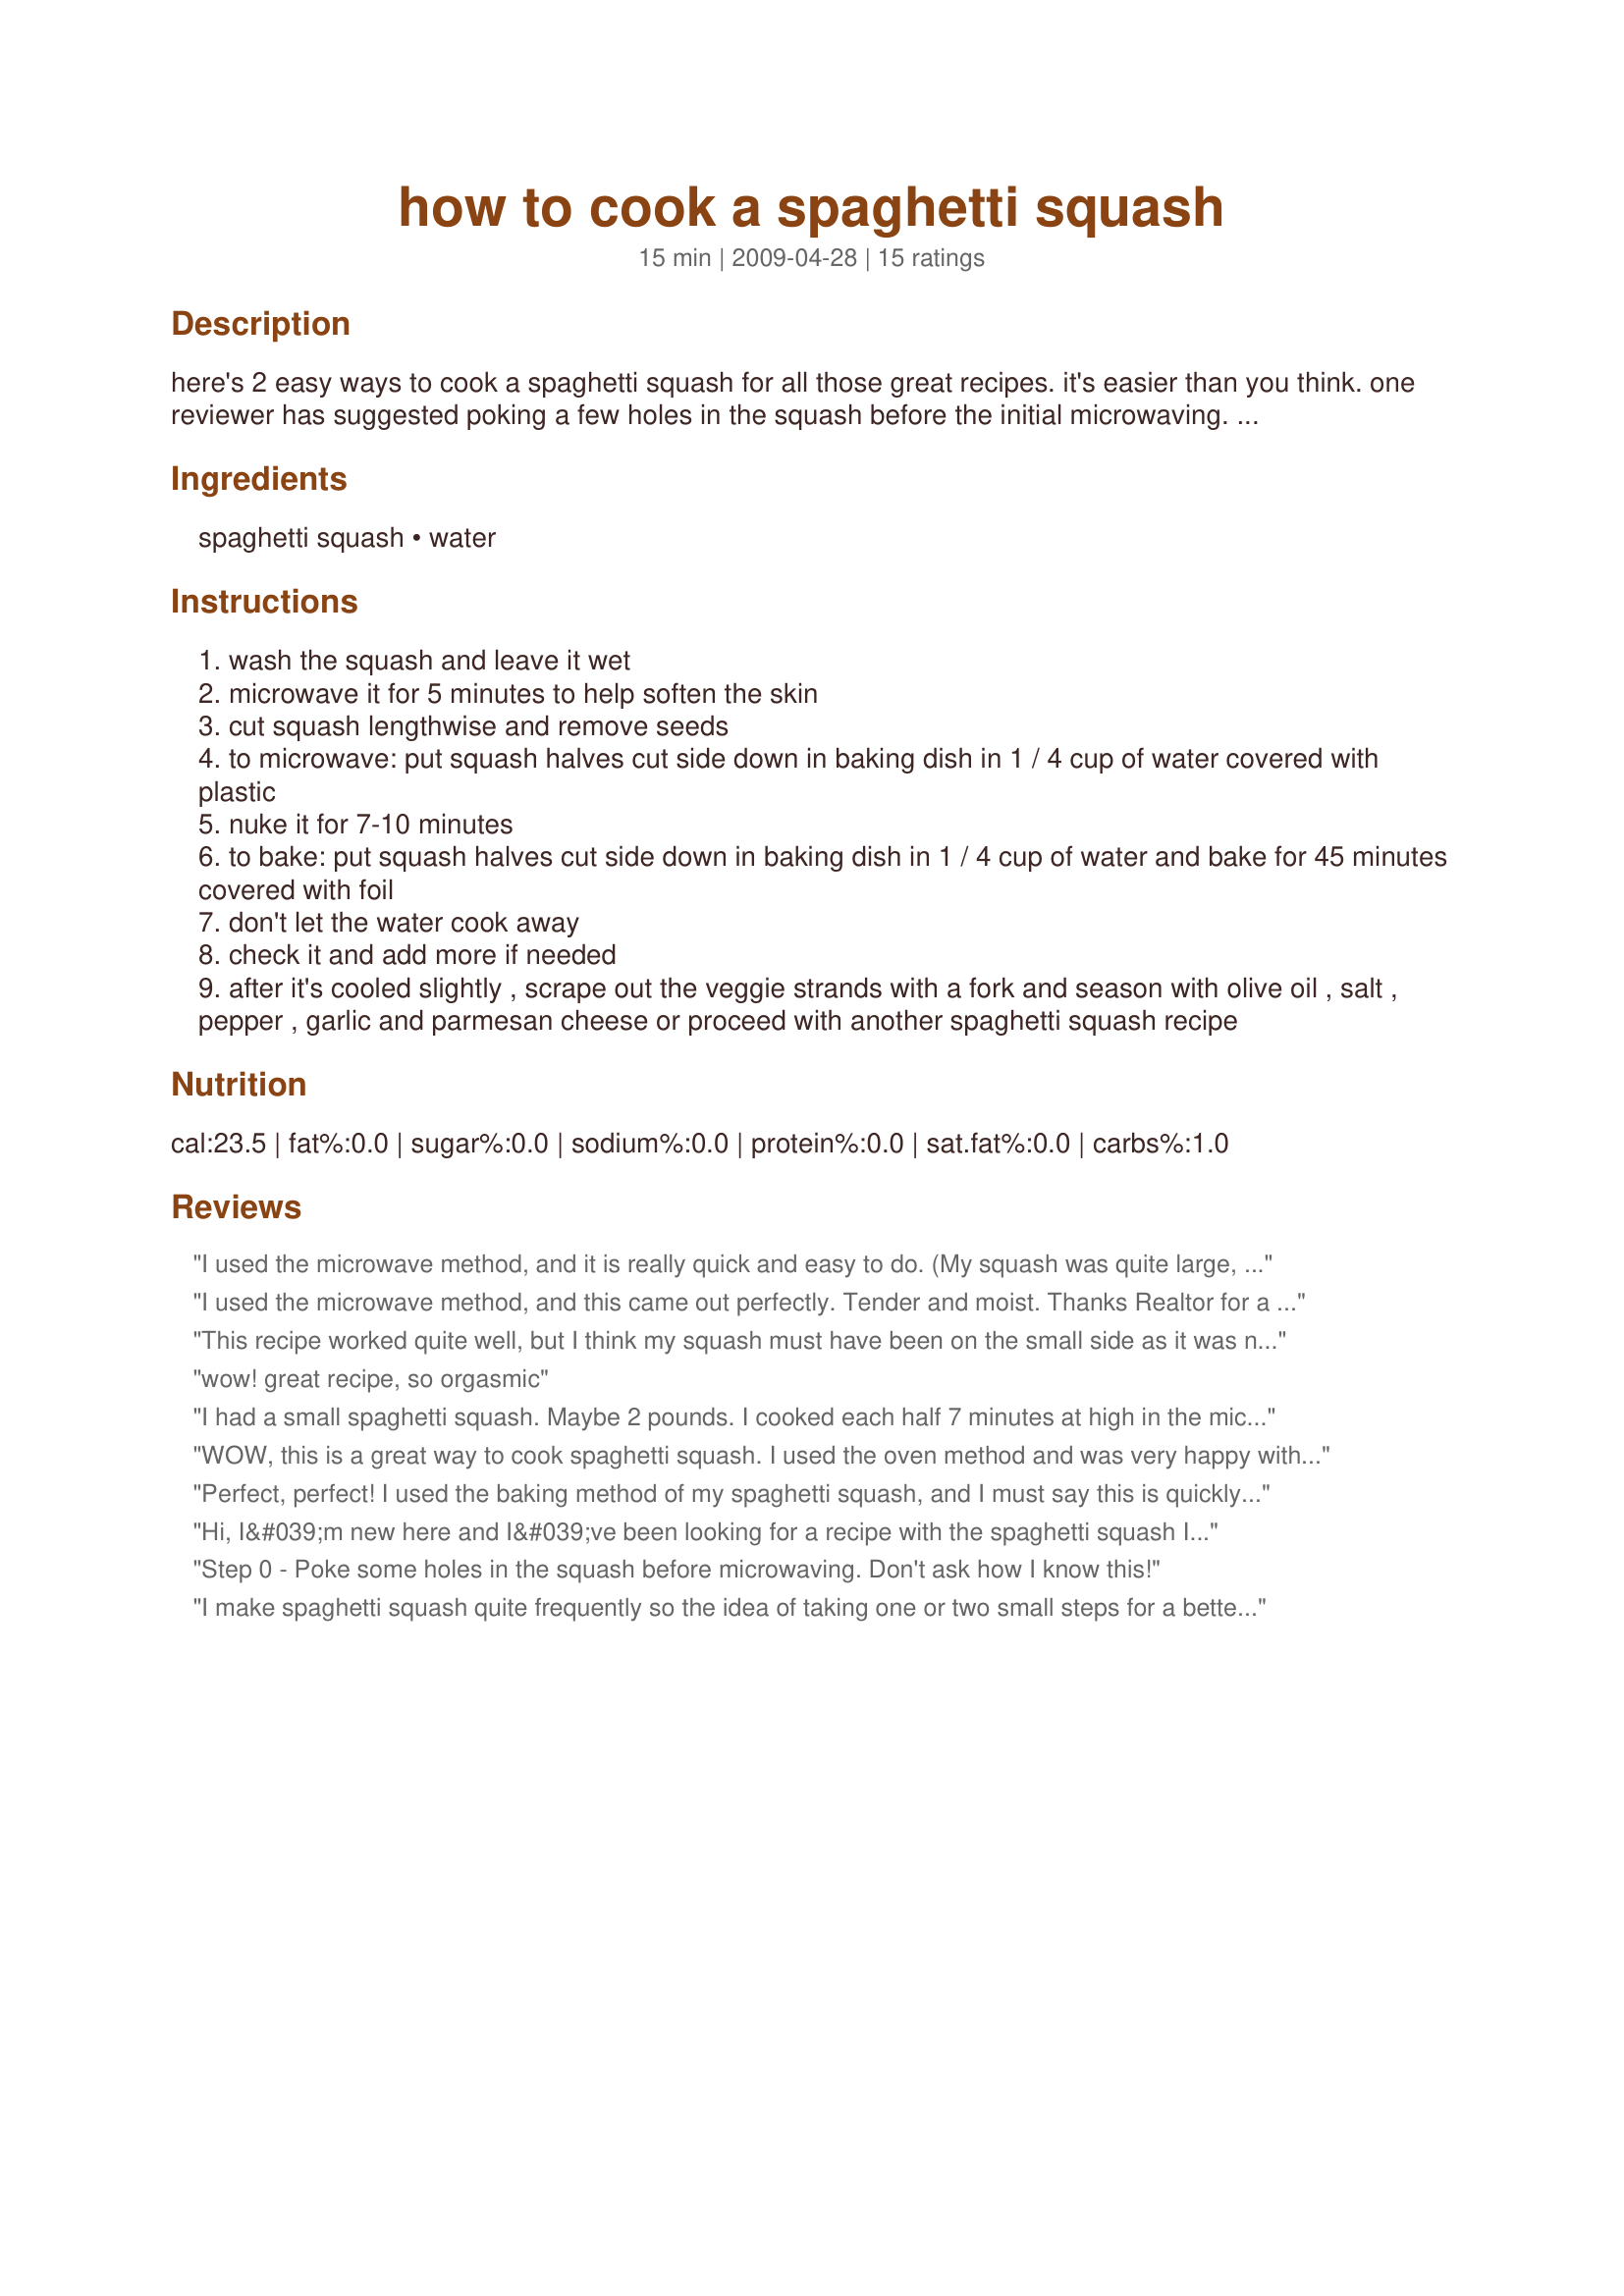
how to cook a spaghetti squash
Preparation time: 15 minutes

here's 2 easy ways to cook a spaghetti squash for all those great recipes. it's easier than you think. one reviewer has suggested poking a few holes in the squash before the initial microwaving. i have never done this and have never had a problem but you might want to do that just in case.

Ingredients:
spaghetti squash, water

Steps:
wash the squash and leave it wet
microwave it for 5 minutes to help soften the skin
cut squash lengthwise and remove seeds
to microwave: put squash halves cut side down in baking dish in 1 / 4 cup of water covered with plastic
nuke it for 7-10 minutes
to bake: put squash halves cut side down in baking dish in 1 / 4 cup of water and bake for 45 minutes covered with foil
don't let the water cook away
check it and add more if needed
after it's cooled slightly , scrape out the veggie strands with a fork and season with olive oil , salt , pepper , garlic and parmesan cheese or proceed with another spaghetti squash recipe

Reviews:
I used the microwave method, and it is really quick and easy to do. (My squash was quite large, so I had to do it in two batches.)
I used the microwave method, and this came out perfectly. Tender and moist. Thanks Realtor for a nice simple keeper. Made for Healthy Choices tag.
This recipe worked quite well, but I think my squash must have been on the small side as it was nearly done after the first five minutes of step one. OOPS! So I lowered the Power Level to a 7 and then gave it another 2 minutes and it was perfect. I&#039;d say my squash weighed 2 1/2 - 3 lbs, so just watch you don&#039;t overdo it if it is smaller. Will definitely make it again, thanks.
wow! great recipe, so orgasmic
I had a small spaghetti squash. Maybe 2 pounds. I cooked each half 7 minutes at high in the microwave. It was perfect. Thanks Realtor :) Made for 123 hit wonders
WOW, this is a great way to cook spaghetti squash. I used the oven method and was very happy with the end result. I could easily scrape out the flesh of the squash but it wasn't mushy. Perfect. Because my squash was very big I had to let it bake for about 30 minutes longer than stated, but that was okay, cause I planned with it.
THANK YOU SO MUCH for sharing this super cooking method with us, Realtor!
Made and reviewed for Everyday Is A Holiday Tag Game Decembre 09.
Perfect, perfect! I used the baking method of my spaghetti squash, and I must say this is quickly coming to be one of my most favorite vegetables. I poked a couple of holes in the squash and kept going completely with this recipe. An amazing recipe that just makes that same ol' spaghetti squash *special* again! I cut mine in half as instructed, put 1/4 cup water, and did add 3 cloves of garlic to roast along with it, which gave it a wonderful aroma, and a great taste too. For my marinara sauce I used Recipe #58246. Very tasty indeed. Made for Everyday is a Holiday tag game May 2009
Hi, I&#039;m new here and I&#039;ve been looking for a recipe with the spaghetti squash I purchased couple of weeks...yes, I&#039;m late bloomer in the kitchen :( so, when I found this 2 ways to cook it, I thought I was ready...I&#039;ll have to add before get to the 1st step that you may need &quot;some&quot; help cutting the little fellow if, as I did, want to go for the microwave cooking version...I posted 2 photos (somewhere in this website) and I had to use several serrated knives including an electrical that ended &quot;harmed&quot; in the process...I&#039;m still working on the recipe, I won&#039;t give up until is finished with some chicken and cheese. I&#039;ll post some pictures later and hope the final product looks and taste good, wish me luck.
Step 0 - Poke some holes in the squash before microwaving. Don't ask how I know this!
I make spaghetti squash quite frequently so the idea of taking one or two small steps for a better result intrigued me. I don't own a microwave and omitted the first step but used the foil and water in my baking. The squash was better than usual, much more tender and shredding into plumper strands. Thanks! Made for 1-2-3 Hit Wonders.
Q: Started to try the oven method, but could not find a recommended cooking temp for the recipe. Did we miss it? Suggestions (add a 'tweak')??
i poke holes and then steam in my pressure cooker.Always comes out perfect.
Warning - I put the spaghetti sauce in the microwave without piercing. Within 5 minutes it blew the door OFF and there was spaghetti squash EVERYWHERE. I was lucky I wasn't near the microwave when this happened. Just poke it a few times!!!
I tried to cut it first, but only made a shallow line. Put it in the microwave for 5 min, but it started to sound like popcorn after 3 so I took it out. It ended up splitting crosswise. I cut the ends in half the other way round, &amp; put 1/2 back in at a time for 5 min, &amp; it came out perfect. First time I've had this, but I think it tasted good with a little butter &amp; salt-- just the way I used to eat my spaghetti! And to my surprise my 17 yr old liked it too! 4 more servings are in baggies in the fridge, but I don't think they'll be there long!
Good idea but you do need to poke a couple of holes in it. It was in my microwave for 3m 45s and it blew up. At least it was a nice 3 inch split. I'll make again with pokes. Made for PRMR
